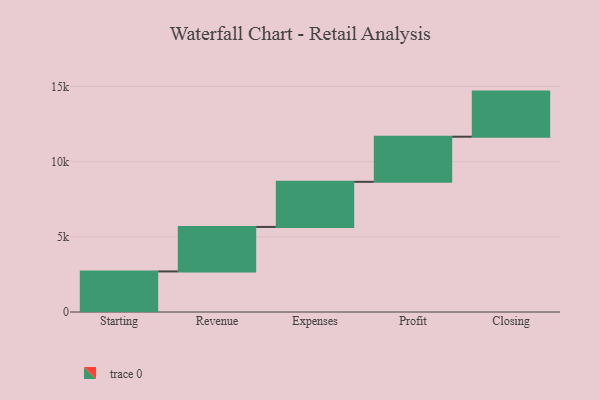
{"axis": {"x": "Step", "y": "Value"}, "legend": [""], "data": [{"x": "Starting", "y": 2698.0, "type": ""}, {"x": "Revenue", "y": 2959.0, "type": ""}, {"x": "Expenses", "y": 3000, "type": ""}, {"x": "Profit", "y": 3000, "type": ""}, {"x": "Closing", "y": 3000, "type": ""}]}